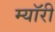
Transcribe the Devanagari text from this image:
म्यॉरी